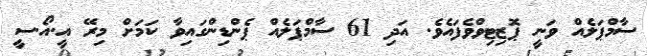
ސާމްޕަލެއް ވަނީ ޕޮޒިޓިވްވެފައެވެ. އަދި 61 ސާމްޕަލެއް ޕެންޑިންގައިވާ ކަމަށް މިރޭ އީ.އޯ.ސީ